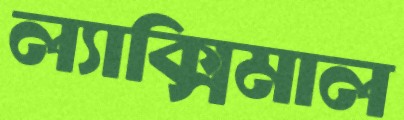
ল্যাক্সিমাল